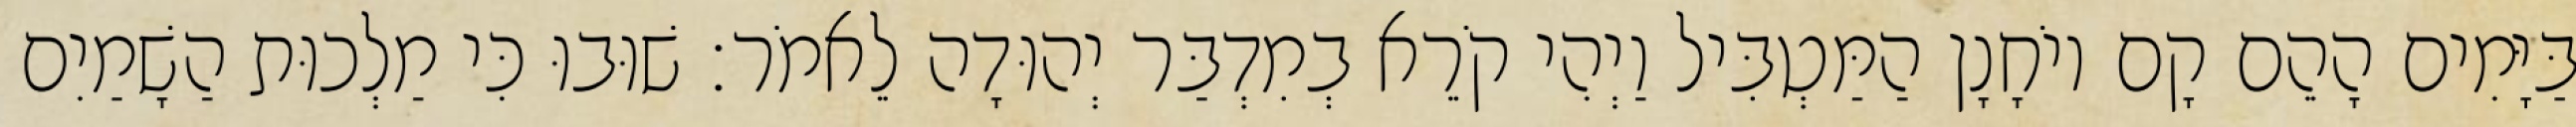
בַּיָּמִים הָהֵם קָם יוֹחָנָן הַמַּטְבִּיל וַיְהִי קֹרֵא בְמִדְבַּר יְהוּדָה לֵאמֹר׃ שׁוּבוּ כִּי מַלְכוּת הַשָׁמַיִם